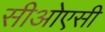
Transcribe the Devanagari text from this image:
सीओएसी